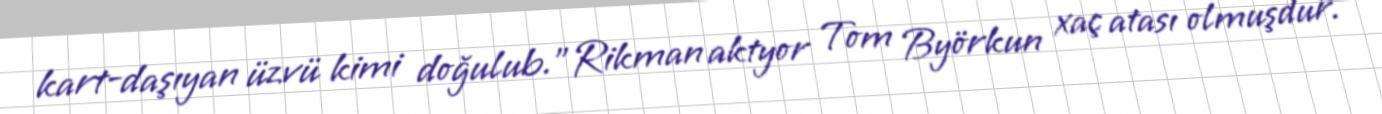
kart-daşıyan üzvü kimi doğulub.”Rikman aktyor Tom Byörkun xaç atası olmuşdur.